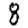
Digit: 8